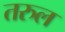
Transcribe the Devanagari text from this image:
तरुल